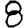
Digit: 8